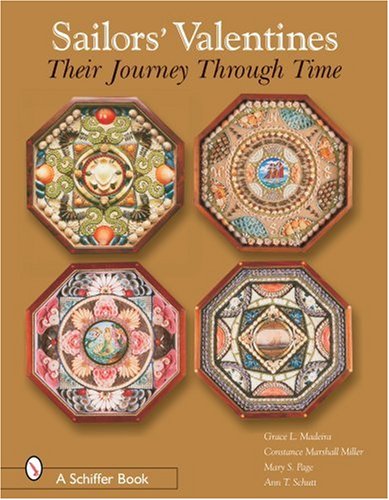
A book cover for Sailors' Valentines: Their Journey Through Time; Crafts, Hobbies & Home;